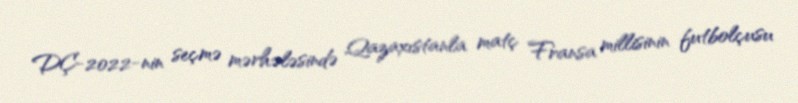
DÇ-2022-nin seçmə mərhələsində Qazaxıstanla matç Fransa millisinin futbolçusu